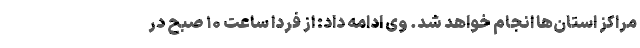
مراکز استان‌ها انجام خواهد شد. وی ادامه داد: از فردا ساعت ۱۰ صبح در